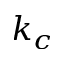
k _ { c }